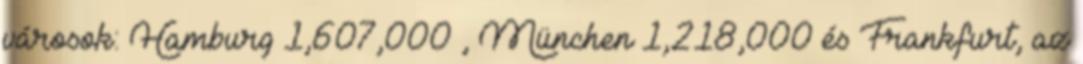
városok: Hamburg 1,607,000 , München 1,218,000 és Frankfurt, az